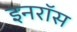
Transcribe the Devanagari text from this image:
इनरॉस